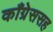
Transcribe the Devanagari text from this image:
काँग्रेससह